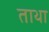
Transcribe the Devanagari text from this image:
ताथा